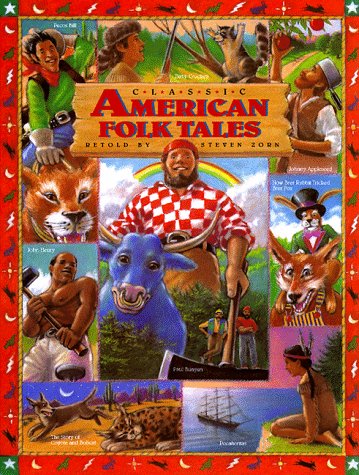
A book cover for Classic American Folk Tales (Children's classics); Steven Zorn; Children's Books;